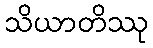
သိယာတိဿု